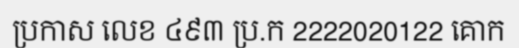
ប្រកាស លេខ ៤៩៣ ប្រ.ក 2222020122 គោក